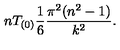
n T _ { ( 0 ) } { \frac { 1 } { 6 } } { \frac { \pi ^ { 2 } ( n ^ { 2 } - 1 ) } { k ^ { 2 } } } .